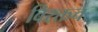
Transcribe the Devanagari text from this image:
विरक्तच